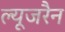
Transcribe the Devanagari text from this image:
ल्यूजरैन